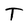
Character: T